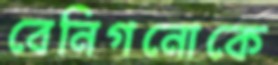
বেনিগনোকে